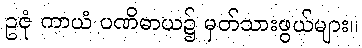
ဥဇုံ ကာယံ ပဏိဓာယ၌ မှတ်သားဖွယ်များ။